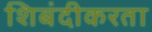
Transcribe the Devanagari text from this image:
शिबंदीकरता